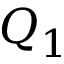
Q _ { 1 }